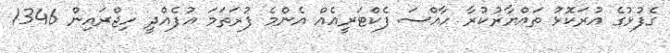
ގެފުޅުގެ އުރަކޮޅު ތައްޔާރުކުރާ ހާއްސަ ފެކްޓަރީއެއް އެންމެ ފުރަތަމަ އުފެއްދީ ހިޖްރައިން 1346